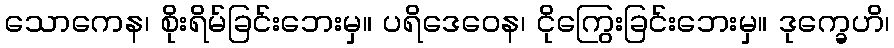
သောကေန၊ စိုးရိမ်ခြင်းဘေးမှ။ ပရိဒေဝေန၊ ငိုကြွေးခြင်းဘေးမှ။ ဒုက္ခေဟိ၊